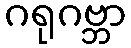
ဂရုဂဗ္ဘာ